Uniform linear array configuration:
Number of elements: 48
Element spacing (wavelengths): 1
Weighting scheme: exponential
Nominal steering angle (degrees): -30
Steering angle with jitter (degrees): -31.882
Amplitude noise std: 0.05
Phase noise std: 0.05

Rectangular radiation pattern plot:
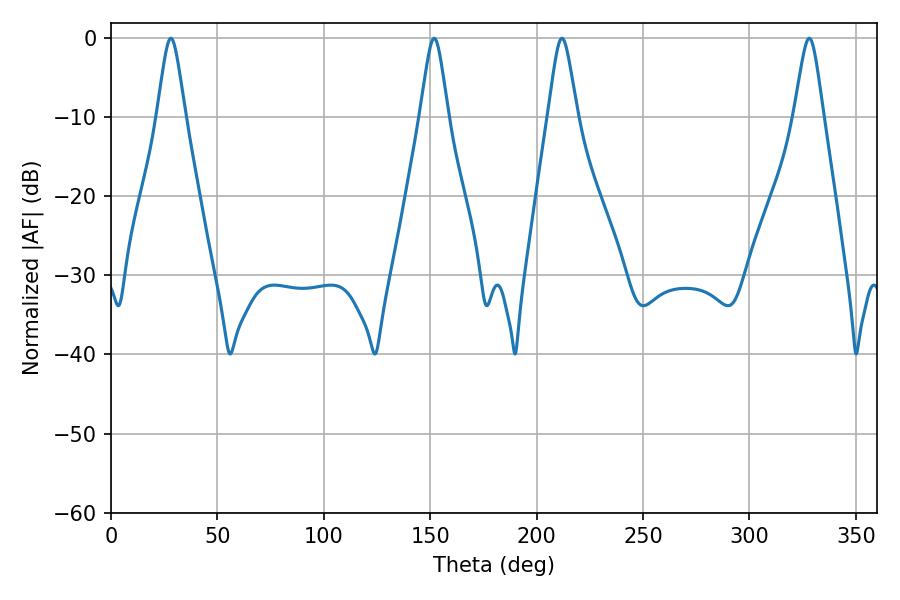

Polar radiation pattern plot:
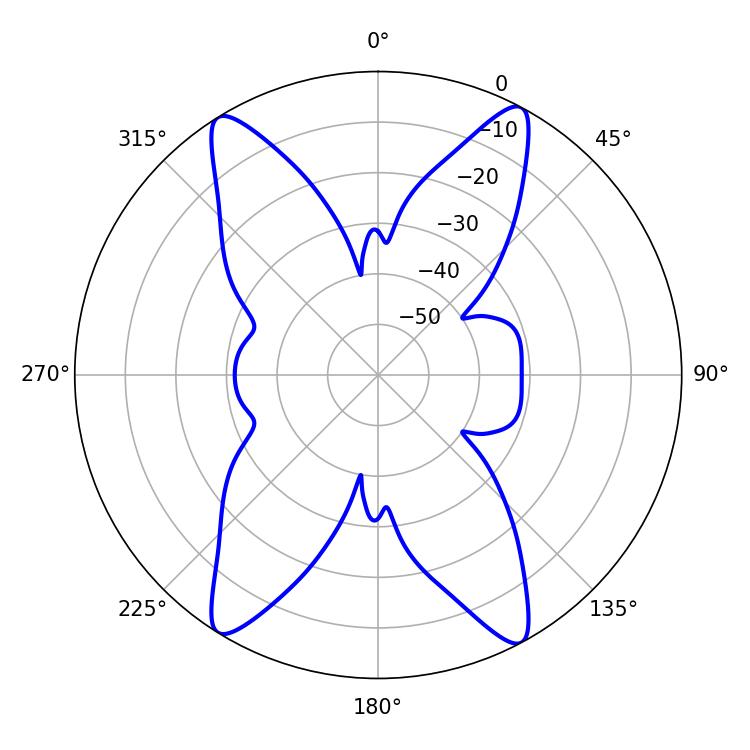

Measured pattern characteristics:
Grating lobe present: TRUE
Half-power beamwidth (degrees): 6.66
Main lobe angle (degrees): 211.86